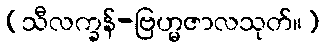
(သီလက္ခန်-ဗြဟ္မဇာလသုတ်။)